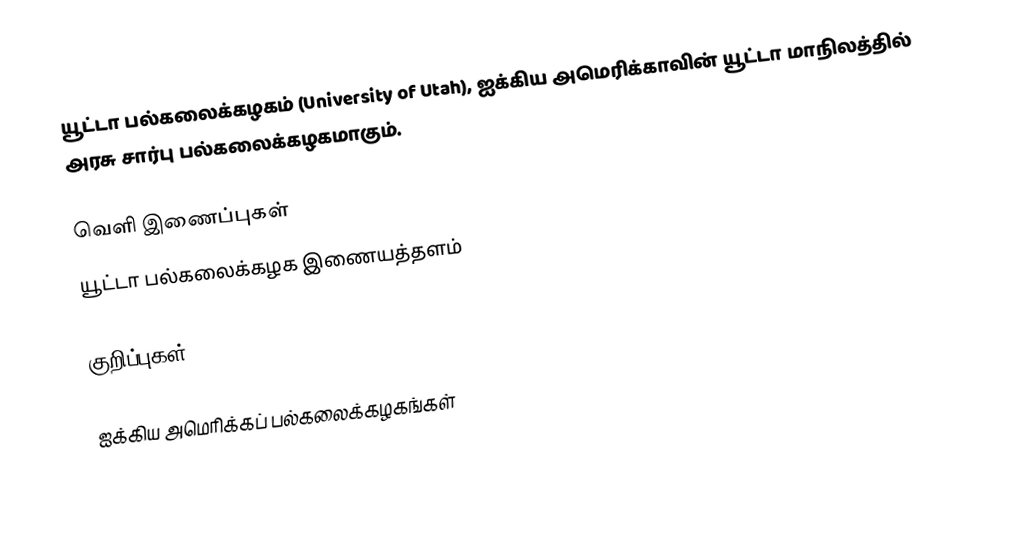
யூட்டா பல்கலைக்கழகம் (University of Utah), ஐக்கிய அமெரிக்காவின் யூட்டா மாநிலத்தில் அரசு சார்பு பல்கலைக்கழகமாகும்.

வெளி இணைப்புகள்
யூட்டா பல்கலைக்கழக இணையத்தளம்

குறிப்புகள்

ஐக்கிய அமெரிக்கப் பல்கலைக்கழகங்கள்